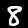
Digit: 8